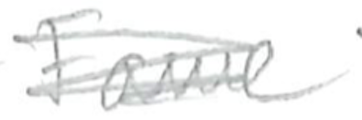
Text: Fame
Cross-out: scratch
Writing tool: pencil